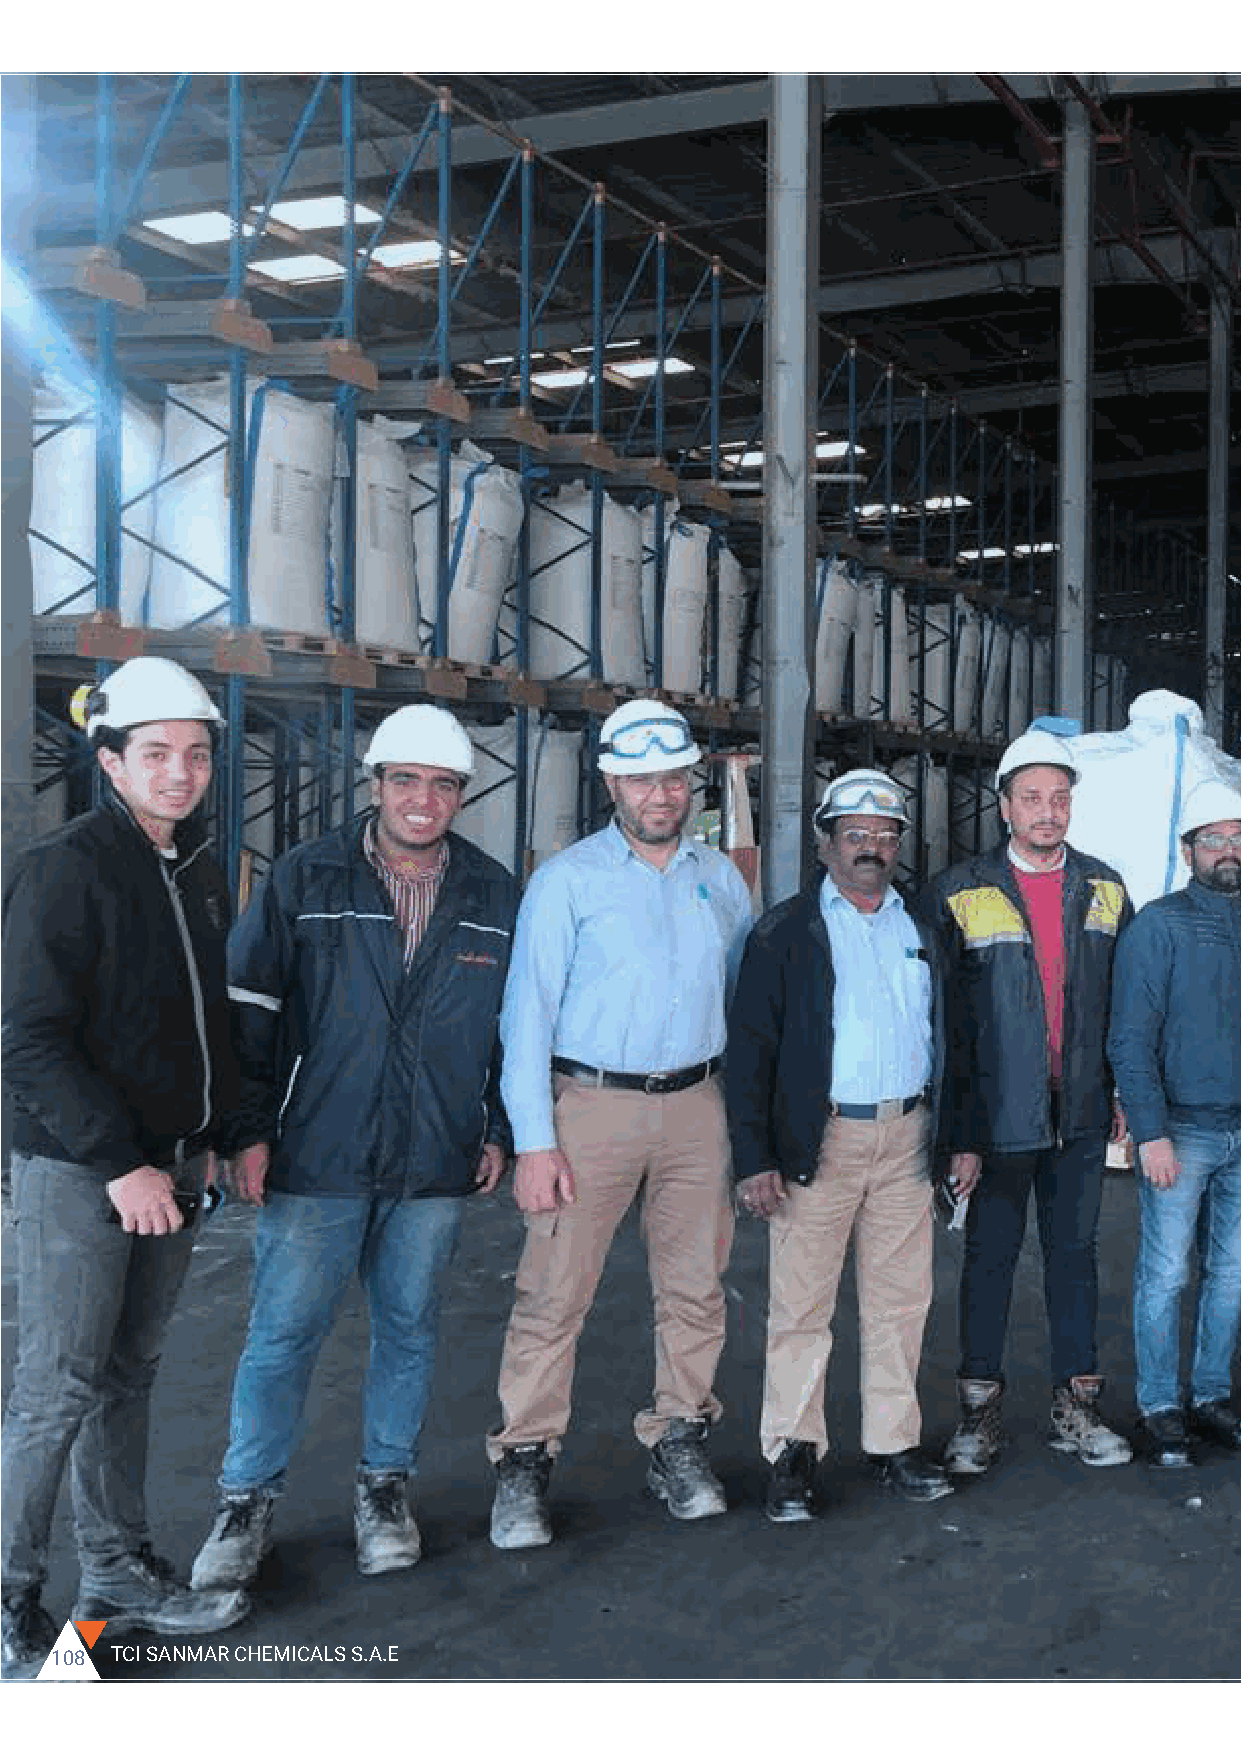
Customers    delight:  Two   major   Egyptian
 customers    visited TCI Sanmar   facility and
 expressed   confidence  and  satisfaction on
 the sustainable   operations.
 108 TCI SANMAR CHEMICALS S.A.E                                                                                                         2020 SUSTAINABILITY REPORT 109